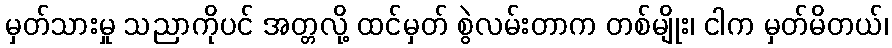
မှတ်သားမှု သညာကိုပင် အတ္တလို့ ထင်မှတ် စွဲလမ်းတာက တစ်မျိုး၊ ငါက မှတ်မိတယ်၊